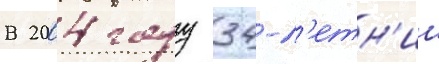
В 2004 году 34-л'етн'ии